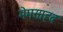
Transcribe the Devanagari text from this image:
मेमसाहब